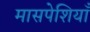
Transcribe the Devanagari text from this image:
मासपेशियाँ